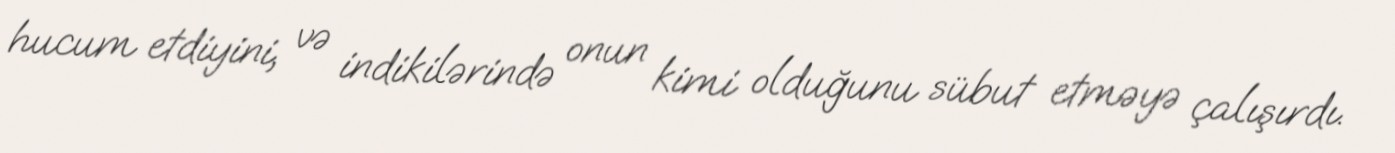
hucum etdiyini, və indikilərində onun kimi olduğunu sübut etməyə çalışırdı.